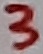
Text: 3